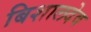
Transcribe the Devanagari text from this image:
बिशालदेव